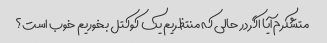
متشکرم آیا اگر در حالی که منتظریم یک کوکتل بخوریم خوب است؟